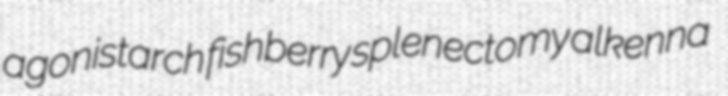
agonistarch fishberry splenectomy alkenna